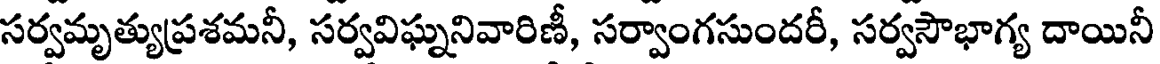
సర్వమృత్యుప్రశమనీ, సర్వవిఘ్ననివారిణీ, సర్వాంగసుందరీ, సర్వసౌభాగ్య దాయినీ